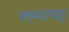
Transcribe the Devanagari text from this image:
लमरप्यूर